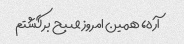
آره، همین امروز صبح برگشتم